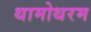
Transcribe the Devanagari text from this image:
थामोथरम